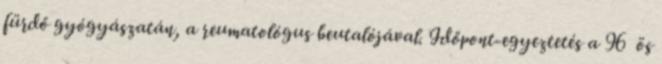
fürdő gyógyászatán, a reumatológus beutalójával. Időpont-egyeztetés a 96 ös